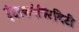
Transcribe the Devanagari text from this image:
इंटरकनेक्टिविटी